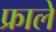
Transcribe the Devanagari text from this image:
फ्राले